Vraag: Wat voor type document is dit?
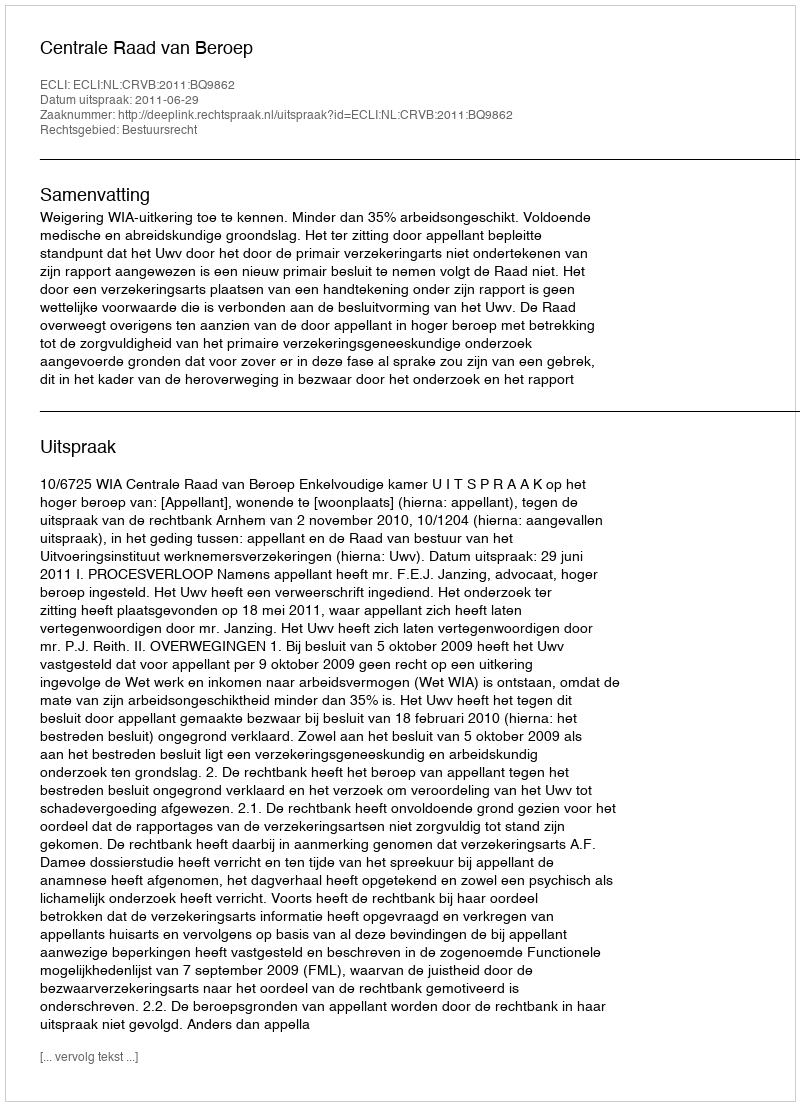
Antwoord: Uitspraak